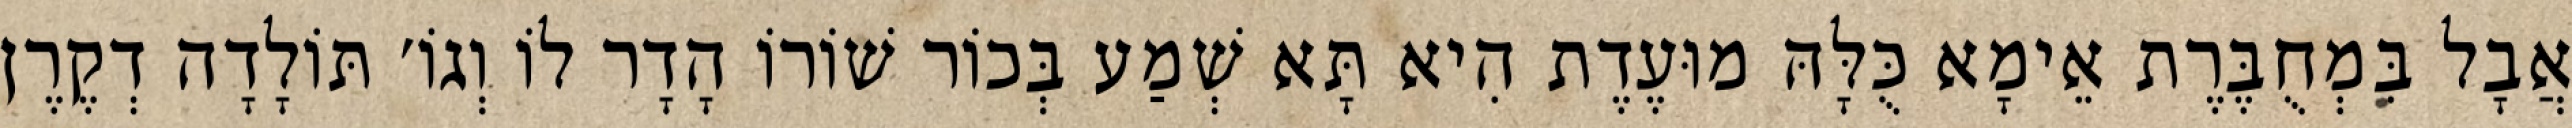
אֲבָל בִּמְחֻבֶּרֶת אֵימָא כֻּלָּהּ מוּעֶדֶת הִיא תָּא שְׁמַע בְּכוֹר שׁוֹרוֹ הָדָר לוֹ וְגוֹ׳ תּוֹלָדָה דְקֶרֶן